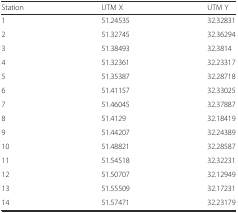
| Station | UTM X | UTM Y |
 | --- | --- | --- |
 | 1 | 51.24535 | 32.32831 |
 | 2 | 51.32745 | 32.36294 |
 | 3 | 51.38493 | 32.3814 |
 | 4 | 51.32361 | 32.23317 |
 | 5 | 51.35387 | 32.28718 |
 | 6 | 51.41157 | 32.33025 |
 | 7 | 51.46045 | 32.37887 |
 | 8 | 51.4129 | 32.18419 |
 | 9 | 51.44207 | 32.24389 |
 | 10 | 51.48821 | 32.28587 |
 | 11 | 51.54518 | 32.32231 |
 | 12 | 51.50707 | 32.12949 |
 | 13 | 51.55509 | 32.17231 |
 | 14 | 51.57471 | 32.23179 |